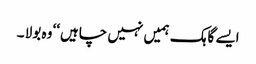
ایسے گاہک ہمیں نہیں چاہیں‘‘ وہ بولا ۔